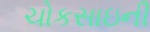
ચોકસાઇની